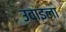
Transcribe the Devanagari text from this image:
उवाइला